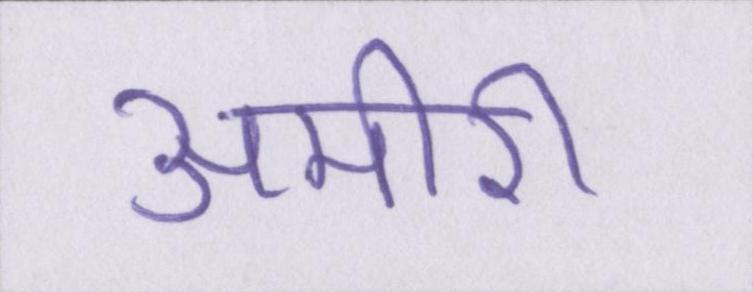
अमीरी